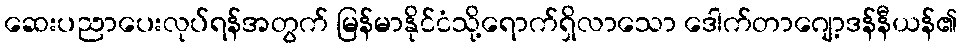
ဆေးပညာပေးလုပ်ရန်အတွက် မြန်မာနိုင်ငံသို့ရောက်ရှိလာသော ဒေါက်တာဂျော့ဒန်နီယန်၏